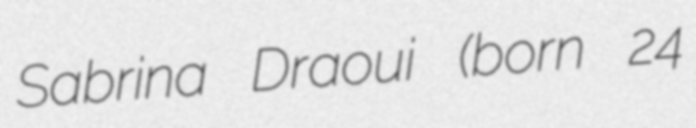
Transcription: Sabrina Draoui (born 24